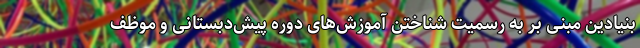
بنیادین مبنی بر به رسمیت شناختن آموزش‌های دوره پیش‌دبستانی و موظف